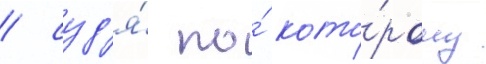
/ суд'я́ по́ кото́рому